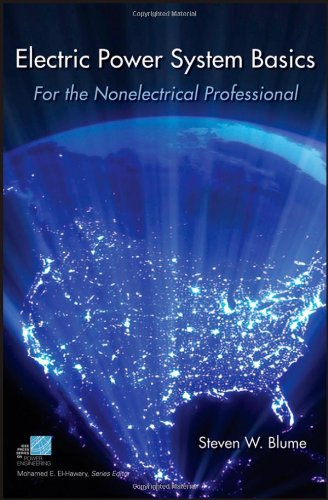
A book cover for Electric Power System Basics for the Nonelectrical Professional; Steven W. Blume; Engineering & Transportation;